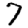
Digit: 7